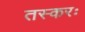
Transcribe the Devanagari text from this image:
तस्करः